Annual report on the mental hospital in the Central Provinces and Berar (Nagpur) - 1927-1951
Year: 1927
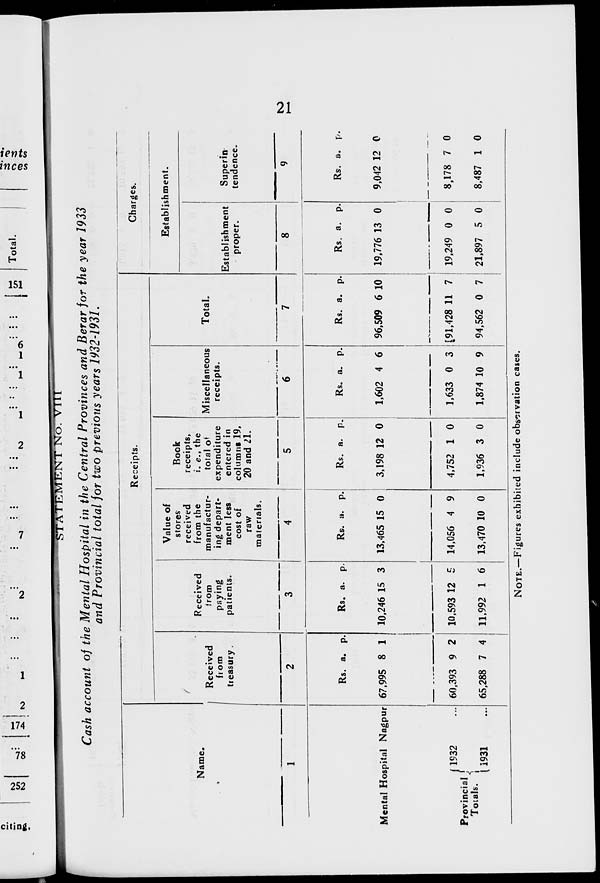
21
STATEMENT No. VIII
Cash account of the Mental Hospital in the Central Provinces and Berar for the year 1933
and Provincial total for two previous years 1932-1931.
Name.
1
Mental Hospital Nagpur
Provincial
Totals.
1932 ...
1931 ...
Receipts.
Received
from
treasury.
2
Rs.
67,995
60,393
65,288
a.
8
9
7
p.
1
2
4
Received
from
paying
patients.
3
Rs.
10,246
10,593
11,992
a.
15
12
1
p.
3
5
6
Value of
stores
received
from the
manufactur-
ing depart-
ment less
cost of
raw
materials.
4
Rs.
13,465
14,056
13,470
a.
15
4
10
p.
0
9
0
Book
receipts,
i. e., the
total of
expenditure
entered in
columns 19,
20 and 21.
5
Rs.
3,198
4,752
1,936
a.
12
1
3
p.
0
0
0
Miscellaneous
receipts.
6
Rs.
1,602
1,633
1,874
a.
4
0
10
p.
6
3
9
Total.
7
Rs.
96,509
91,428
94,562
a.
6
11
0
p.
10
7
7
Charges.
Establishment.
Establishment
proper.
8
Rs.
19,776
19,249
21,897
a.
13
0
5
p.
0
0
0
Superin-
tendence.
9
Rs.
9,042
8,178
8,487
a.
12
7
1
p.
0
0
0
NOTE.—Figures exhibited include observation cases.